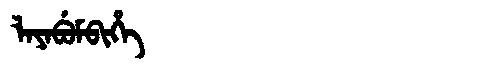
Manchu: ᠯᠠᠶᠠᠪᡠᠮᠪᡳᡥᡝ
Romanization: LAYABUMBIHE